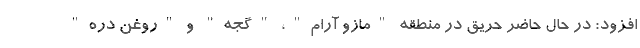
افزود: در حال حاضر حریق در منطقه "‌مازو آرام"، "‌گجه" و "‌روغن دره"